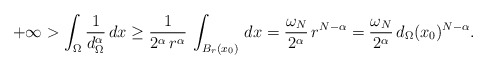
\begin{align*}+\infty>\int_\Omega \frac{1}{d_\Omega^\alpha}\,dx\ge \frac{1}{2^\alpha\,r^\alpha}\,\int_{B_{r}(x_0)} \,dx=\frac{\omega_N}{2^\alpha}\,r^{N-\alpha}=\frac{\omega_N}{2^\alpha}\,d_\Omega(x_0)^{N-\alpha}.\end{align*}